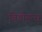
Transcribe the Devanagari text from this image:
विडीयन्स